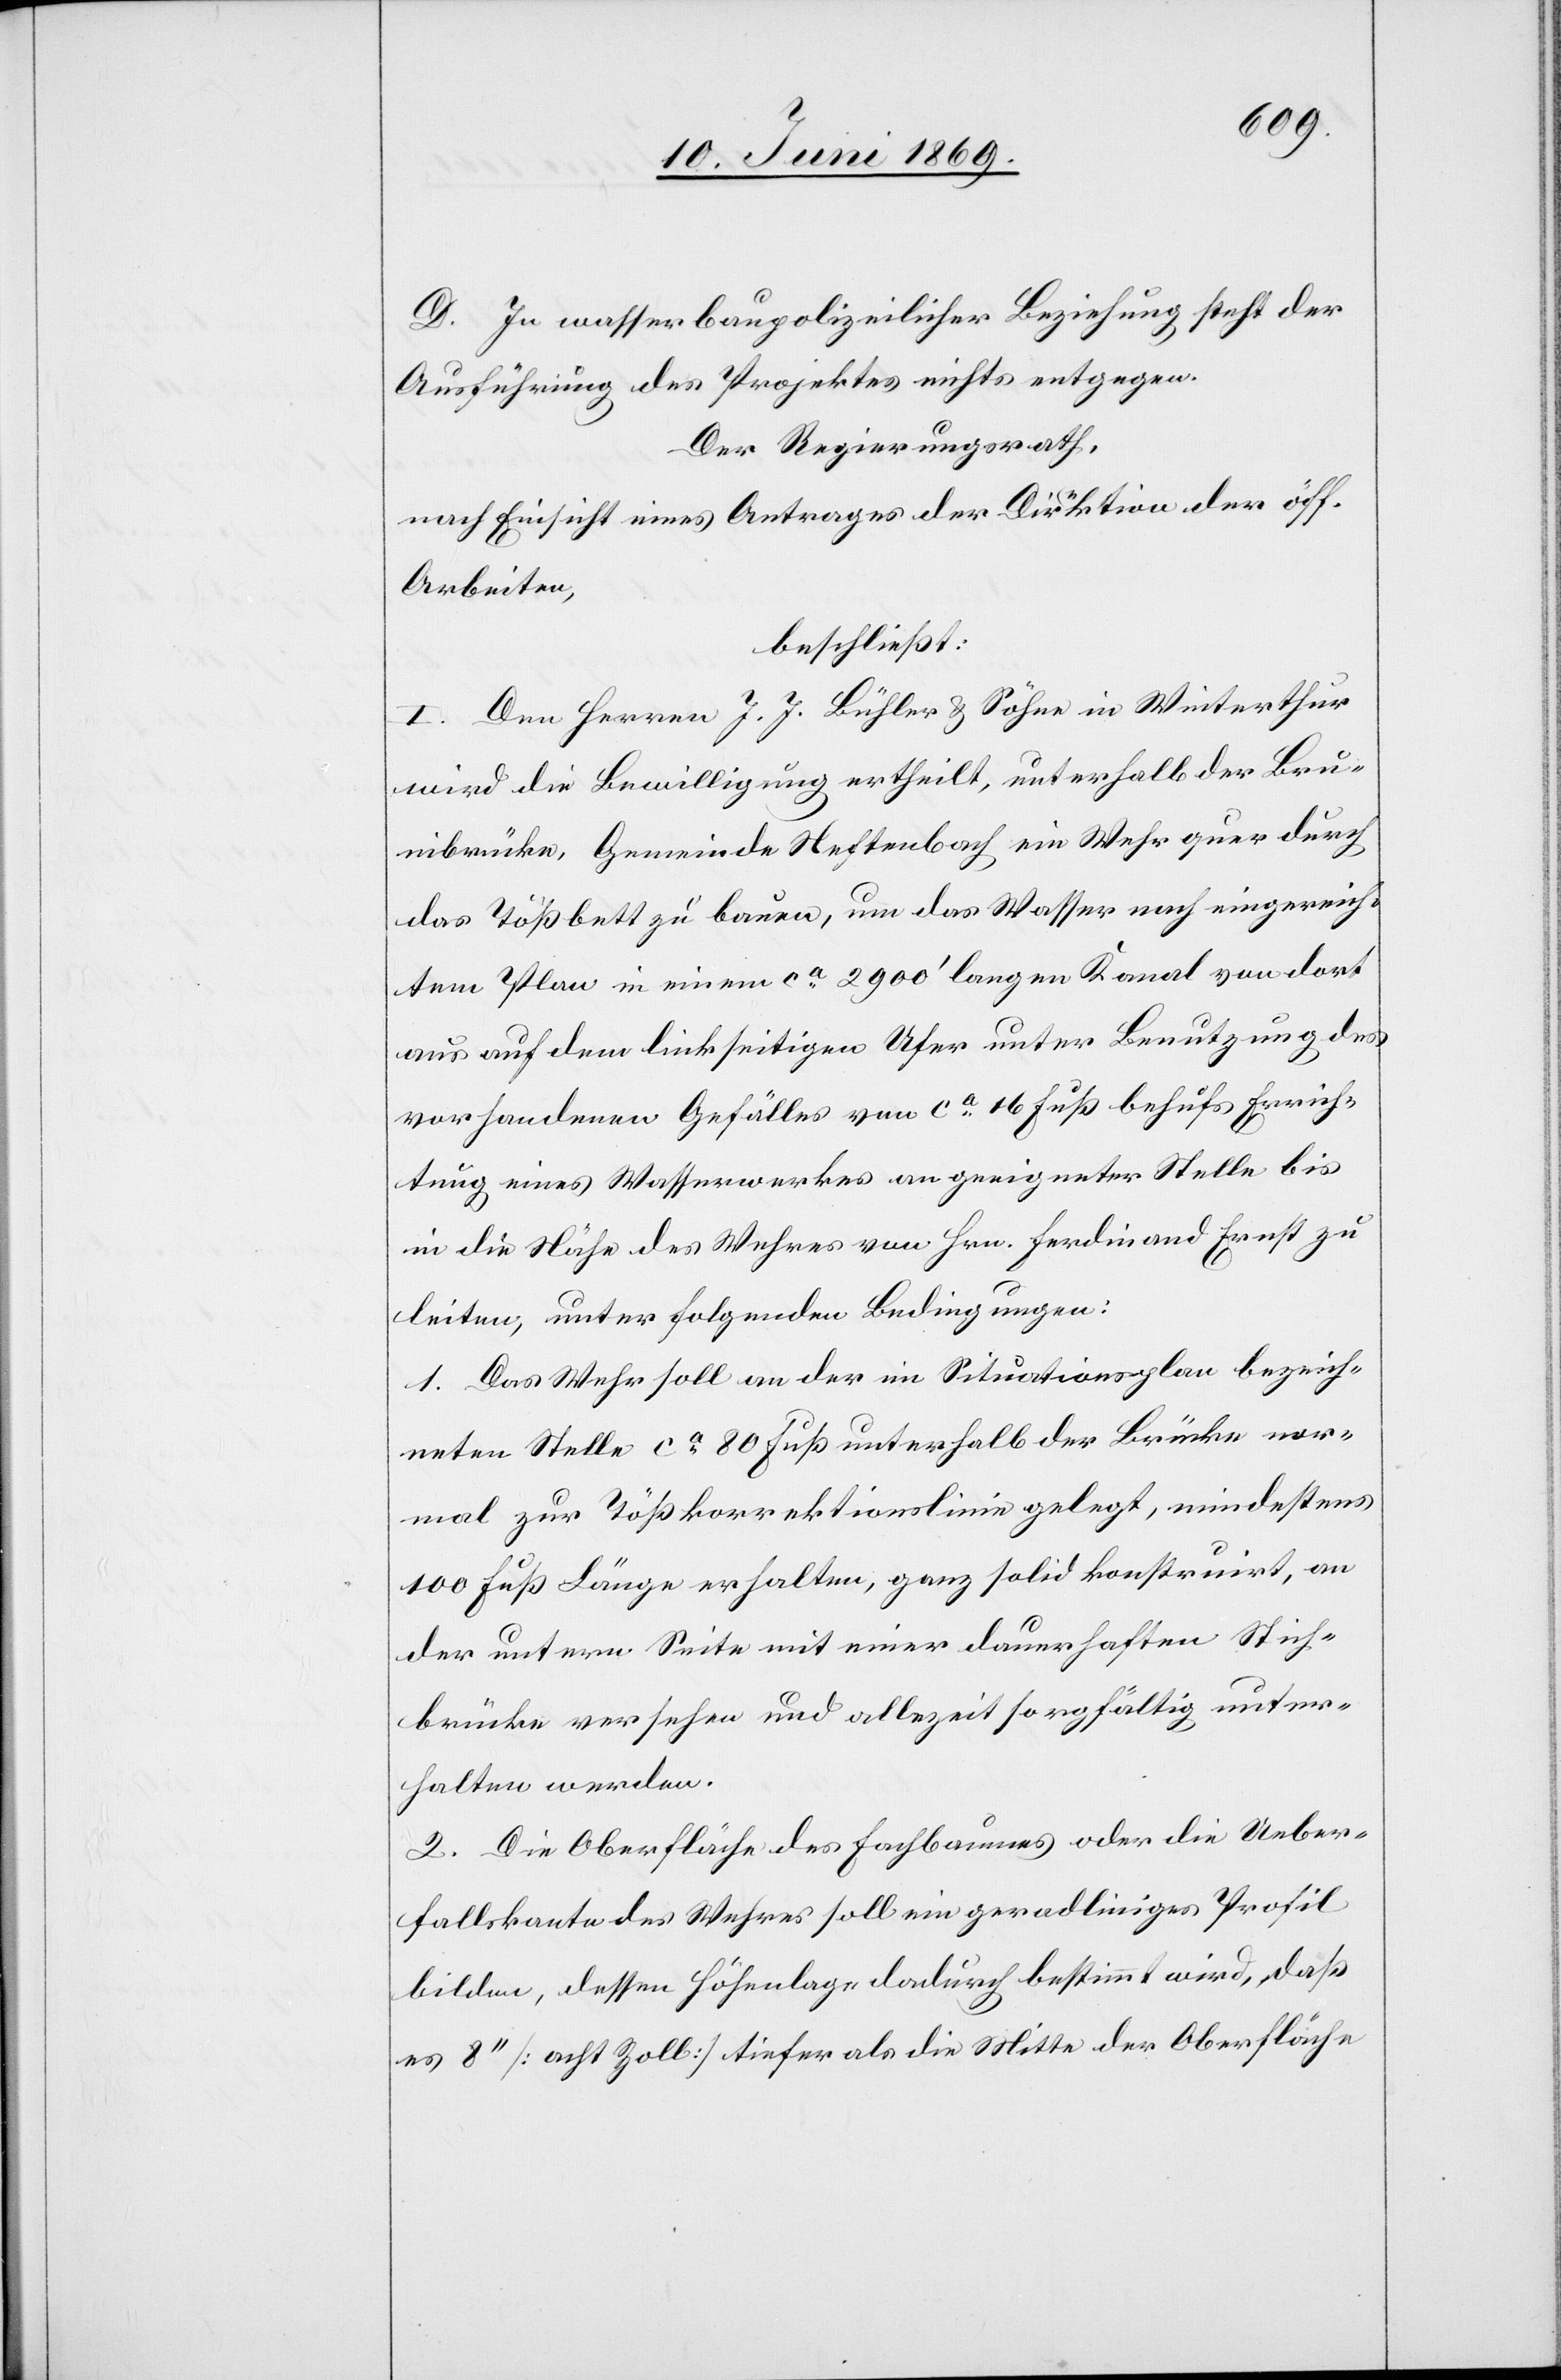
D. In wasserbaupolizeilicher Beziehung steht der
Ausführung des Projektes nichts entgegen.
Der Regierungsrath,
nach Einsicht eines Antrages der Direktion der öff.
Arbeiten,
beschließt:
I. Dem Herren J. J. Bühler u. Söhne in Winterthur
wird die Bewilligung ertheilt, unterhalb der Bru¬
nibrücke, Gemeinde Neftenbach ein Wehr quer durch
das Tößbett zu bauen, um das Wasser nach eingereich¬
tem Plan in einem ca 2900’ langen Kanal von dort
aus auf dem linkseitigen Ufer unter Benutzung des
vorhandenen Gefälles von ca 16 Fuß behufs Errich¬
tung eines Wasserwerkes an geeigneter Stelle bis
in die Nähe des Wuhres von Hrn. Ferdinand Ernst zu
leiten, unter folgenden Bedingungen:
1. Das Wehr soll an der im Situationsplan bezeich¬
neten Stelle ca 80 Fuß unterhalb der Brücke nor¬
mal zur Tößkorrektionslinie gelegt, mindestens
100 Fuß Länge erhalten, ganz solid konstruirt, an
der untern Seite mit einer dauerhaften Stich¬
brücke versehen und allezeit sorgfältig unter¬
halten werden.
2. Die Oberfläche des Fachbaumes oder die Ueber¬
fallskante des Wuhres soll ein geradliniges Profil
bilden, dessen Höhenlage dadurch bestimmt wird, daß
es 8‘‘ [acht Zoll] tiefer als die Mitte der Oberfläche